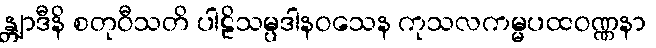
န္တျာဒီနိ စတုဝီသတိ ပါဠိသမ္ပဒါနဝသေန ကုသလကမ္မပထဝဏ္ဏနာ